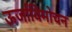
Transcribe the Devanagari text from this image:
ऊर्जाविमोचन